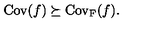
\mathrm { C o v } ( f ) \succeq \mathrm { C o v _ { F } } ( f ) .